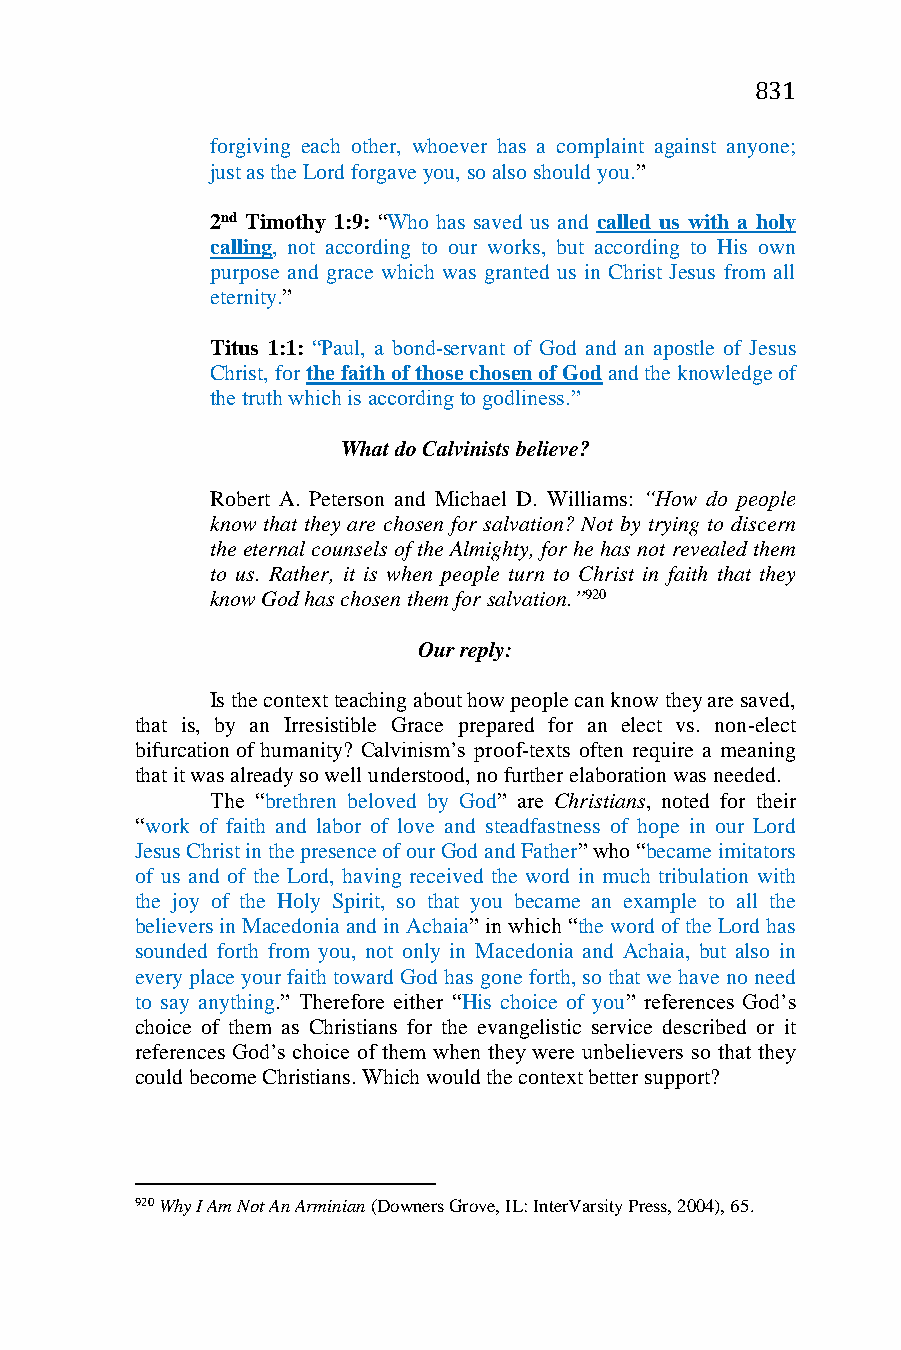
831
 forgiving each other, whoever has a complaint against anyone;
 just as the Lord forgave you, so also should you.”
 2nd Timothy 1:9: “Who has saved us and called us with a holy
 calling, not according to our works, but according to His own
 purpose and grace which was granted us in Christ Jesus from all
 eternity.”
 Titus 1:1: “Paul, a bond-servant of God and an apostle of Jesus
 Christ, for the faith of those chosen of God and the knowledge of
 the truth which is according to godliness.”
 What do Calvinists believe?
 Robert A. Peterson and Michael D. Williams: “How do people
 know that they are chosen for salvation? Not by trying to discern
 the eternal counsels of the Almighty, for he has not revealed them
 to us. Rather, it is when people turn to Christ in faith that they
 know God has chosen them for salvation.”920
 Our reply:
 Is the context teaching about how people can know they are saved,
 that is, by an Irresistible Grace prepared for an elect vs. non-elect
 bifurcation of humanity? Calvinism’s proof-texts often require a meaning
 that it was already so well understood, no further elaboration was needed.
 The “brethren beloved by God” are Christians, noted for their
 “work of faith and labor of love and steadfastness of hope in our Lord
 Jesus Christ in the presence of our God and Father” who “became imitators
 of us and of the Lord, having received the word in much tribulation with
 the joy of the Holy Spirit, so that you became an example to all the
 believers in Macedonia and in Achaia” in which “the word of the Lord has
 sounded forth from you, not only in Macedonia and Achaia, but also in
 every place your faith toward God has gone forth, so that we have no need
 to say anything.” Therefore either “His choice of you” references God’s
 choice of them as Christians for the evangelistic service described or it
 references God’s choice of them when they were unbelievers so that they
 could become Christians. Which would the context better support?
 920 Why I Am Not An Arminian (Downers Grove, IL: InterVarsity Press, 2004), 65.